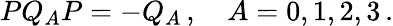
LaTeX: PQ_{A}P=-Q_{A}\, ,\quad A=0,1,2,3\, .